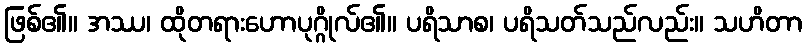
ဖြစ်၏။ အဿ၊ ထိုတရားဟောပုဂ္ဂိုလ်၏။ ပရိသာစ၊ ပရိသတ်သည်လည်း။ သဟိတာ